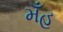
મઁહ